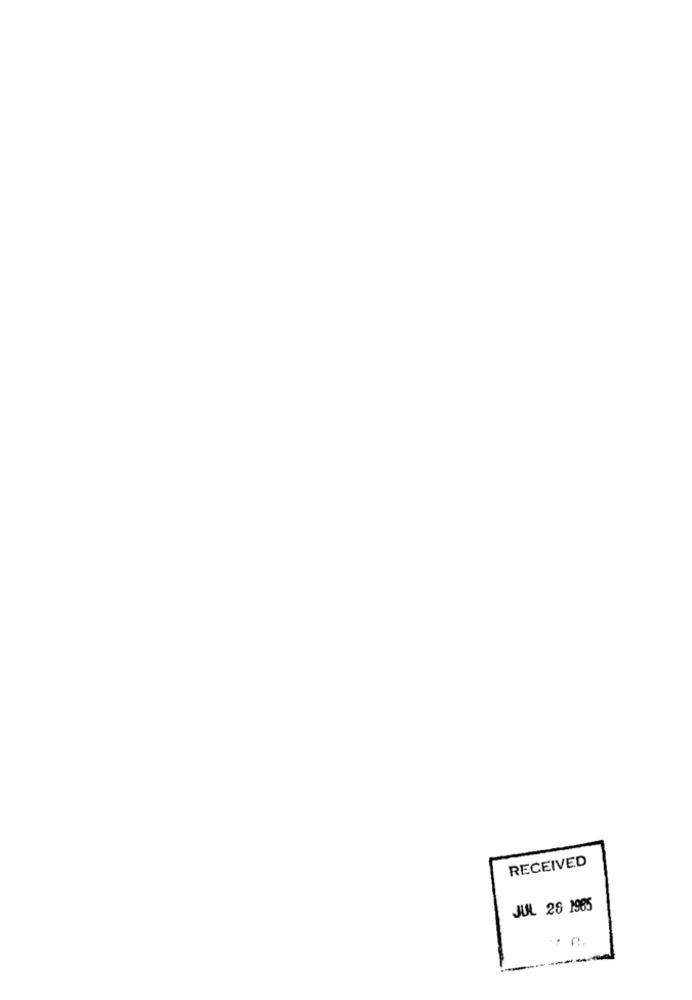
RECEIVED
JUL 28 1985